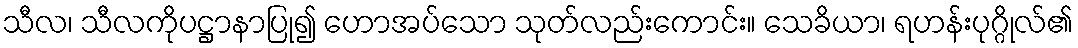
သီလ၊ သီလကိုပဋ္ဌာနာပြု၍ ဟောအပ်သော သုတ်လည်းကောင်း။ သေခိယာ၊ ရဟန်းပုဂ္ဂိုလ်၏